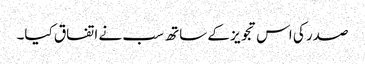
صدر کی اس تجویز کے ساتھ سب نے اتفاق کیا۔